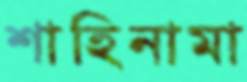
শাহিনামা